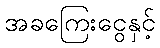
အခကြေးငွေနှင့်